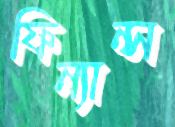
ফিন্যান্স